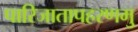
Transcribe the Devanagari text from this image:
पारिजातापहरणमु